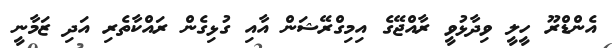
އެންޑްރޫ ހީލީ ވިދާޅުވީ ރާއްޖޭގެ އިމިގްރޭޝަން އާއި ގުޅިގެން ރައްކާތެރި އަދި ޒަމާނީ